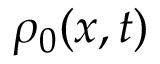
\rho _ { 0 } ( { \boldsymbol { x } } , t )